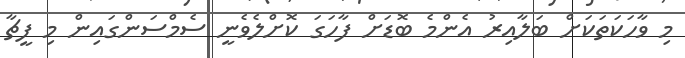
މި ވާހަކަތަކަށް ބަލާއިރު އެންމެ ބޮޑަށް ފާހަގަ ކޮށްލެވެނީ ސެމްސަންގައިން މި ފީޗާ